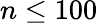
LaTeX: n\leq 100